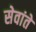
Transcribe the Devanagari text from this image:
सेवांते